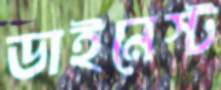
ডাইনেস্ট